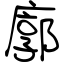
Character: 廓